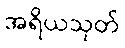
အရိယသုတ်